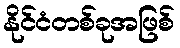
နိုင်ငံတစ်ခုအဖြစ်